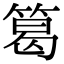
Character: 䈓